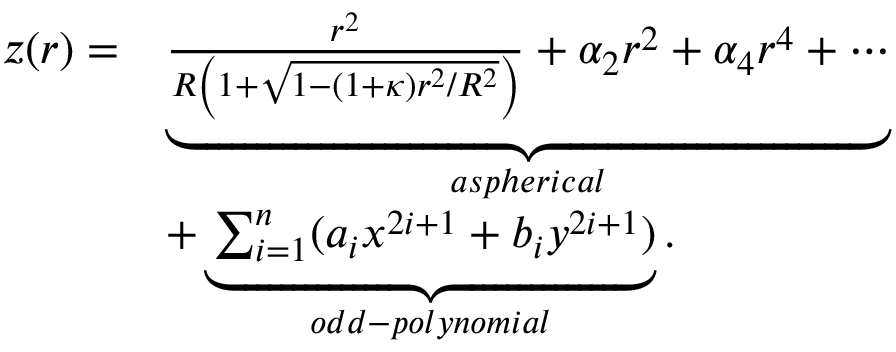
\begin{array} { r l } { z ( r ) = } & { \underbrace { \frac { r ^ { 2 } } { R \left( 1 + \sqrt { 1 - ( 1 + \kappa ) r ^ { 2 } / R ^ { 2 } } \right) } + \alpha _ { 2 } r ^ { 2 } + \alpha _ { 4 } r ^ { 4 } + \cdots } _ { a s p h e r i c a l } } \\ & { + \underbrace { \sum _ { i = 1 } ^ { n } ( a _ { i } x ^ { 2 i + 1 } + b _ { i } y ^ { 2 i + 1 } ) } _ { o d d - p o l y n o m i a l } . } \end{array}